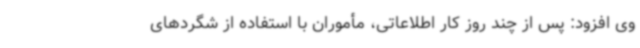
وی افزود: پس از چند روز کار اطلاعاتی، مأموران با استفاده از شگردهای